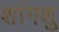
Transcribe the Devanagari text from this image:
शांगशु